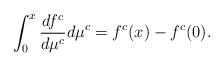
\begin{align*}\int_0^x \frac{df^c}{d\mu^c}d\mu^c=f^c(x)-f^c(0). \end{align*}